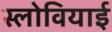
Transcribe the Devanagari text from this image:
स्लोवियाई